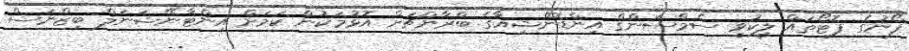
ފޯނުގެ ފޮޓޯތައް ލީކުވީ ސެމްސަންގް އިންޑޮނޭޝިއާގެ ބްރާންޗަށް އޮޅުމަކުން ކަމަށް އިންޓާނޭޝަނަލް ބިޒްނަސް